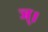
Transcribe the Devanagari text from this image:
ञ्।